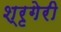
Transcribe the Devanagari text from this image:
श्रृगेरी